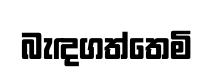
බැඳගත්තෙමි